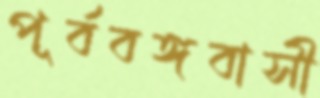
পূর্ববঙ্গবাসী